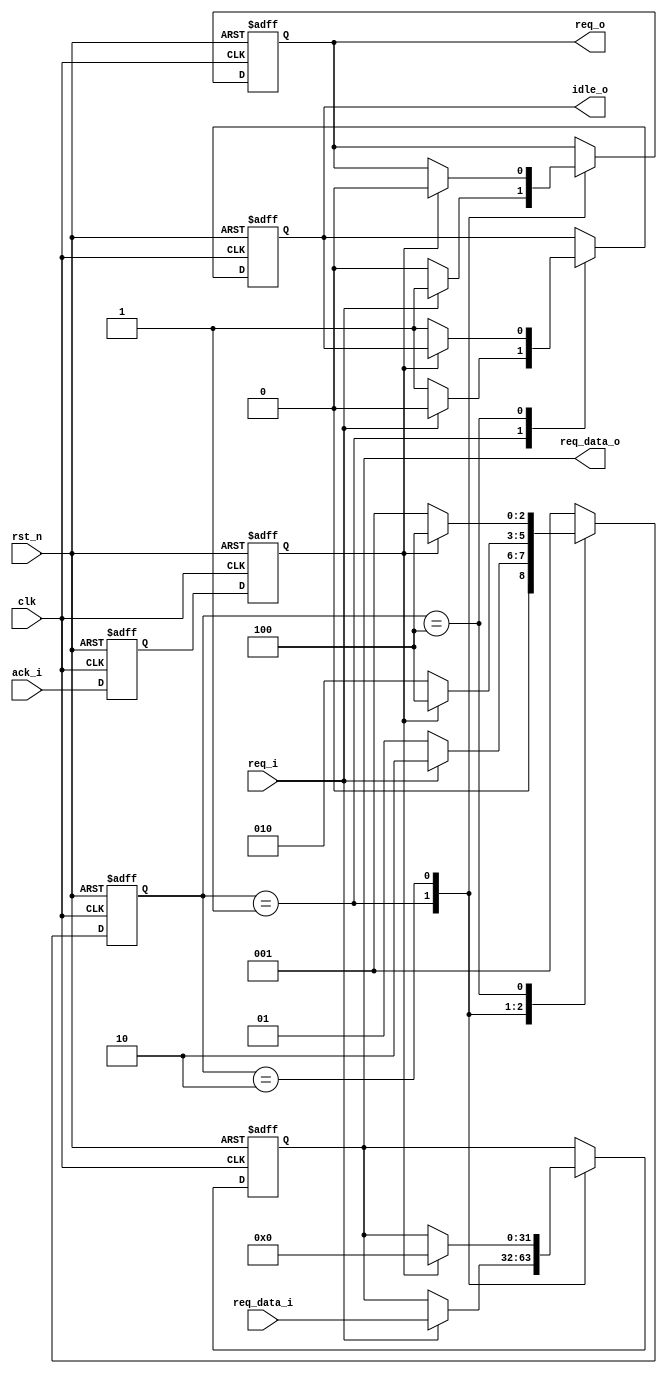
 /*                                                                      
 Copyright 2020 Blue Liang, liangkangnan@163.com
                                                                         
 Licensed under the Apache License, Version 2.0 (the "License");         
 you may not use this file except in compliance with the License.        
 You may obtain a copy of the License at                                 
                                                                         
     http://www.apache.org/licenses/LICENSE-2.0                          
                                                                         
 Unless required by applicable law or agreed to in writing, software    
 distributed under the License is distributed on an "AS IS" BASIS,       
 WITHOUT WARRANTIES OR CONDITIONS OF ANY KIND, either express or implied.
 See the License for the specific language governing permissions and     
 limitations under the License.                                          
 */

// 
// ()
// req_o = 1
// ack = 1
// req_o = 0
// ack = 0
module full_handshake_tx #(
    parameter DW = 32)(             // TX

    input wire clk,                 // TX
    input wire rst_n,               // TX

    // from rx
    input wire ack_i,               // RX

    // from tx
    input wire req_i,               // TX
    input wire[DW-1:0] req_data_i,  // TX

    // to tx
    output wire idle_o,             // TX

    // to rx
    output wire req_o,              // TX
    output wire[DW-1:0] req_data_o  // TX

    );

    localparam STATE_IDLE     = 3'b001;
    localparam STATE_ASSERT   = 3'b010;
    localparam STATE_DEASSERT = 3'b100;

    reg[2:0] state;
    reg[2:0] state_next;
    reg ack_d;
    reg ack;

    always @ (posedge clk or negedge rst_n) begin
        if (!rst_n) begin
            state <= STATE_IDLE;
        end else begin
            state <= state_next;
        end
    end

    always @ (*) begin
        case (state)
            STATE_IDLE: begin
                if (req_i == 1'b1) begin
                    state_next = STATE_ASSERT;
                end else begin
                    state_next = STATE_IDLE;
                end
            end
            // ack=1
            STATE_ASSERT: begin
                if (!ack) begin
                    state_next = STATE_ASSERT;
                end else begin
                    state_next = STATE_DEASSERT;
                end
            end
            // ack=0
            STATE_DEASSERT: begin
                if (!ack) begin
                    state_next = STATE_IDLE;
                end else begin
                    state_next = STATE_DEASSERT;
                end
            end
            default: begin
                state_next = STATE_IDLE;
            end
        endcase
    end

    

    // 
    always @ (posedge clk or negedge rst_n) begin
        if (!rst_n) begin
            ack_d <= 1'b0;
            ack <= 1'b0;
        end else begin
            ack_d <= ack_i;
            ack <= ack_d;
        end
    end

    reg req;
    reg[DW-1:0] req_data;
    reg idle;

    always @ (posedge clk or negedge rst_n) begin
        if (!rst_n) begin
            idle <= 1'b1;
            req <= 1'b0;
            req_data <= {(DW){1'b0}};
        end else begin
            case (state)
                // TXack
                STATE_IDLE: begin
                    if (req_i == 1'b1) begin
                        idle <= 1'b0;
                        req <= req_i;
                        req_data <= req_data_i;
                    end else begin
                        idle <= 1'b1;
                        req <= 1'b0;
                    end
                end
                // RXackTX
                STATE_ASSERT: begin
                    if (ack == 1'b1) begin
                        req <= 1'b0;
                        req_data <= {(DW){1'b0}};
                    end
                end
                STATE_DEASSERT: begin
                    if (!ack) begin
                        idle <= 1'b1;
                    end
                end
            endcase
        end
    end

    assign idle_o = idle;
    assign req_o = req;
    assign req_data_o = req_data;

endmodule